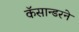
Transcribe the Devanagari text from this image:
कॅसान्डरने